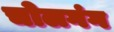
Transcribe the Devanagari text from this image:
चोलगंग